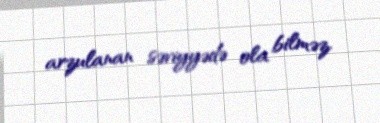
arzulanan səviyyədə ola bilməz.